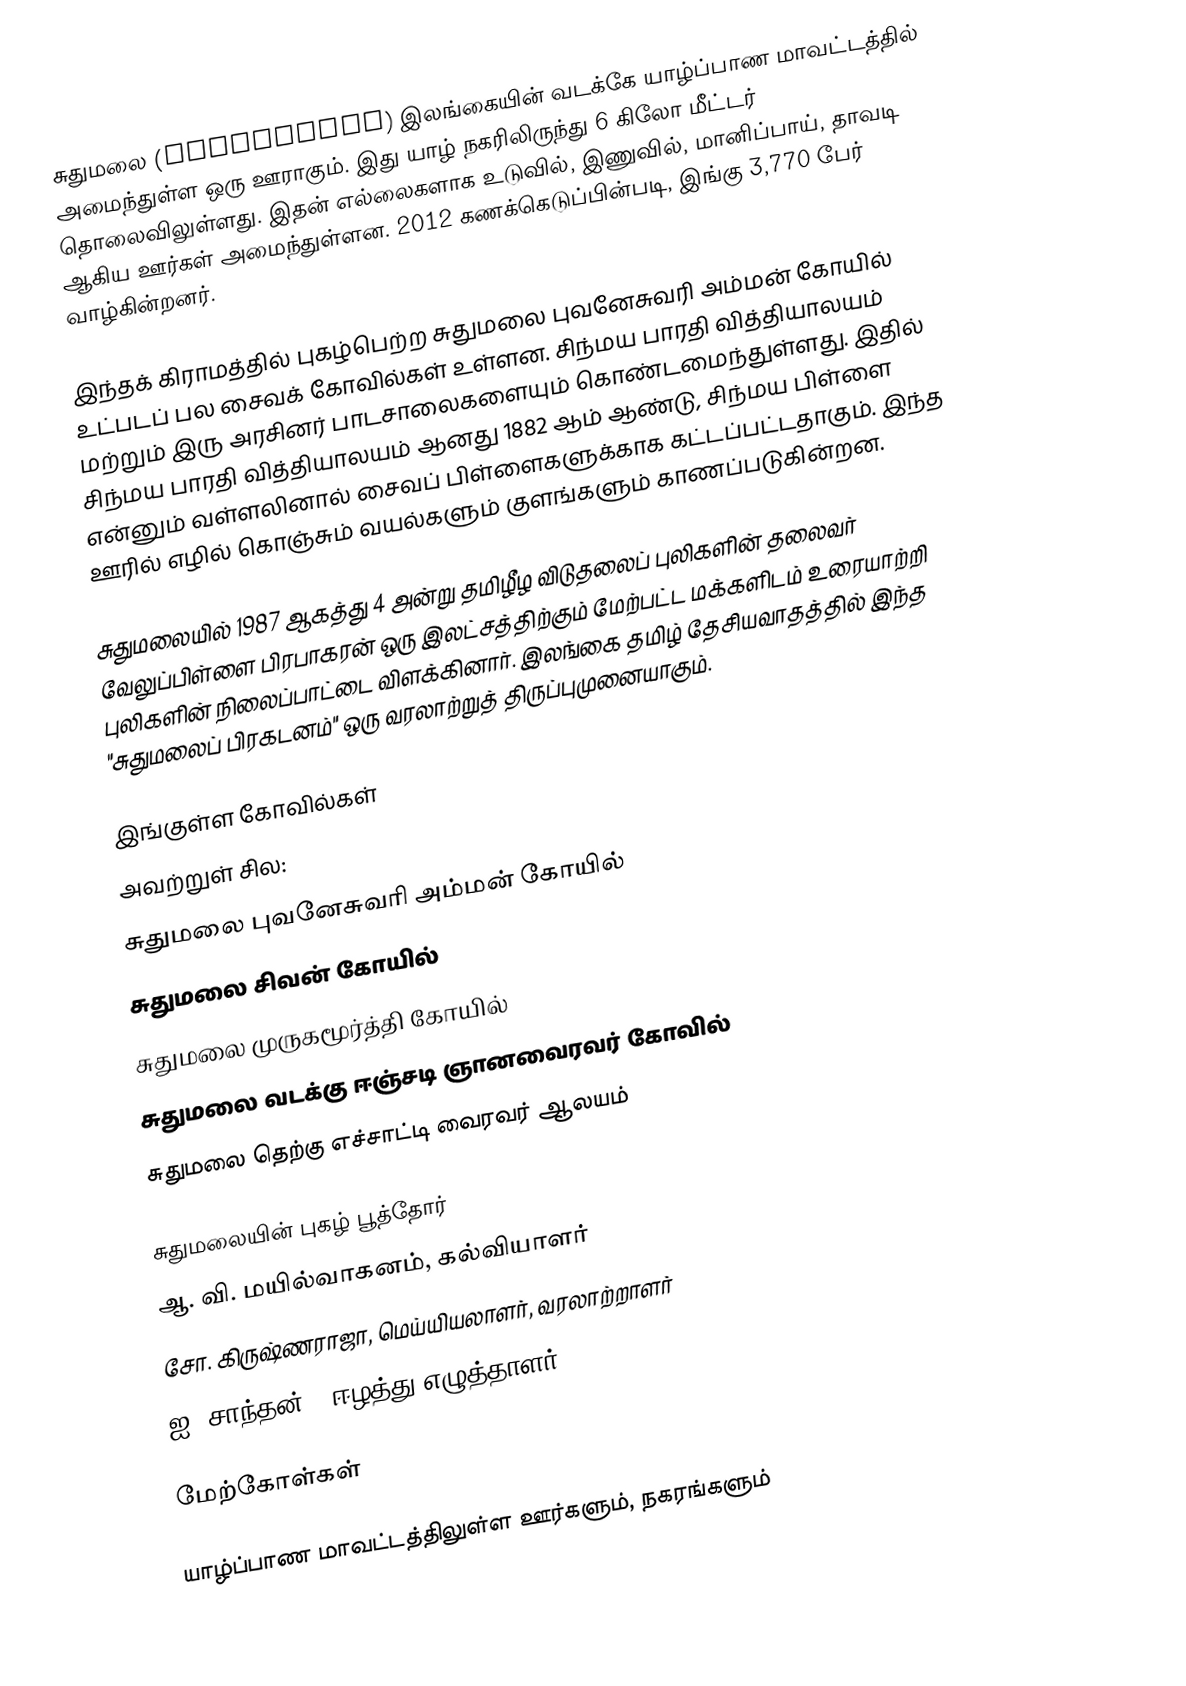
சுதுமலை (Suthumalai) இலங்கையின் வடக்கே யாழ்ப்பாண மாவட்டத்தில் அமைந்துள்ள ஒரு ஊராகும். இது யாழ் நகரிலிருந்து 6 கிலோ மீட்டர் தொலைவிலுள்ளது. இதன் எல்லைகளாக உடுவில், இணுவில், மானிப்பாய், தாவடி ஆகிய ஊர்கள் அமைந்துள்ளன. 2012 கணக்கெடுப்பின்படி, இங்கு 3,770 பேர் வாழ்கின்றனர்.

இந்தக் கிராமத்தில் புகழ்பெற்ற சுதுமலை புவனேசுவரி அம்மன் கோயில் உட்படப் பல சைவக் கோவில்கள் உள்ளன. சிந்மய பாரதி வித்தியாலயம் மற்றும் இரு அரசினர் பாடசாலைகளையும் கொண்டமைந்துள்ளது. இதில் சிந்மய பாரதி வித்தியாலயம் ஆனது 1882 ஆம் ஆண்டு, சிந்மய பிள்ளை என்னும் வள்ளலினால் சைவப் பிள்ளைகளுக்காக கட்டப்பட்டதாகும். இந்த ஊரில் எழில் கொஞ்சும் வயல்களும் குளங்களும் காணப்படுகின்றன.

சுதுமலையில் 1987 ஆகத்து 4 அன்று தமிழீழ விடுதலைப் புலிகளின் தலைவர் வேலுப்பிள்ளை பிரபாகரன் ஒரு இலட்சத்திற்கும் மேற்பட்ட மக்களிடம் உரையாற்றி புலிகளின் நிலைப்பாட்டை விளக்கினார். இலங்கை தமிழ் தேசியவாதத்தில் இந்த "சுதுமலைப் பிரகடனம்" ஒரு வரலாற்றுத் திருப்புமுனையாகும்.

இங்குள்ள கோவில்கள்
அவற்றுள் சில:
சுதுமலை புவனேசுவரி அம்மன் கோயில்
சுதுமலை சிவன் கோயில்
சுதுமலை முருகமூர்த்தி கோயில்
சுதுமலை வடக்கு ஈஞ்சடி ஞானவைரவர் கோவில்
சுதுமலை தெற்கு எச்சாட்டி வைரவர் ஆலயம்

சுதுமலையின் புகழ் பூத்தோர்
 ஆ. வி. மயில்வாகனம், கல்வியாளர்
 சோ. கிருஷ்ணராஜா, மெய்யியலாளர், வரலாற்றாளர்
 ஐ. சாந்தன் - ஈழத்து எழுத்தாளர்

மேற்கோள்கள்

யாழ்ப்பாண மாவட்டத்திலுள்ள ஊர்களும், நகரங்களும்